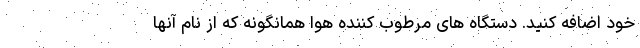
خود اضافه کنید. دستگاه های مرطوب کننده هوا همانگونه که از نام آنها